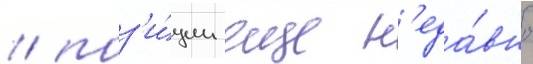
/ поз'и́ции еще н'еда́вно